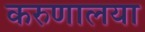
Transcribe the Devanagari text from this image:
करुणालया